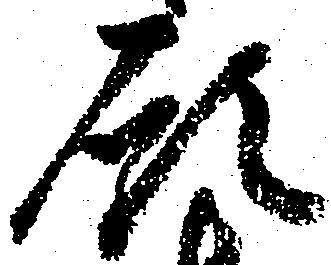
願